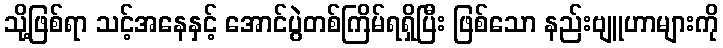
သို့ဖြစ်ရာ သင့်အနေနှင့် အောင်ပွဲတစ်ကြိမ်ရရှိပြီး ဖြစ်သော နည်းဗျူဟာများကို